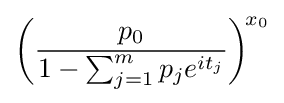
{\bigg (}{\frac {p_{0}}{1-\sum _{j=1}^{m}p_{j}e^{it_{j}}}}{\bigg )}^{\!x_{0}}